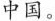
中国。